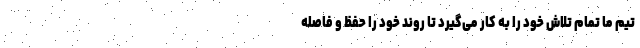
تیم ما تمام تلاش خود را به کار می‌گیرد تا روند خود را حفظ و فاصله